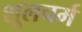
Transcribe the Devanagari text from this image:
शूलचर्म